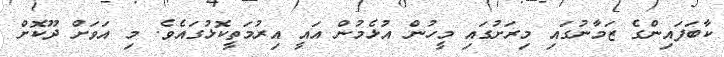
ކާބަފައިންގެ ޒަމާނުގައި މިރަށުގައި މީހުން އުޅެމުން އައީ އިރުމަތީކޮޅުގައެވެ. މި އަވަށް ދޫކޮށް